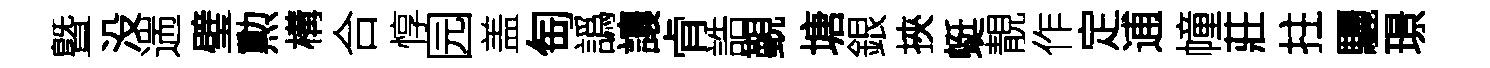
曁没遄璧勲構合惇园盖匋譌讓肻誥覲塘銀挾蜓靚作定逋幢莊拄驪璟